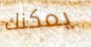
يمكنك